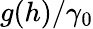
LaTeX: g(h)/\gamma_{0}